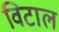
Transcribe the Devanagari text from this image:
विटाल